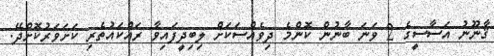
ޤާނޫނު އަސާސީގެ 2 ވަނަ ބާނުން ކޮންމެ ދިވެއްސަކަށް ލިބިދީފައިވާ ރައްކައުތެރި ކަށަވަރުކޮށްދޭ.